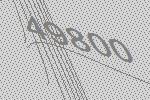
49800